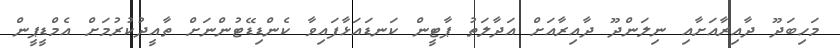
މަހިބަދޫ ދާއިރާއަށާއި ނިލަންދޫ ދާއިރާއަށް އަދާލަތު ޕާޓީން ކަނޑައަޅާފައިވާ ކެންޑިޑޭޓުންނަށް ތާއީދުކުރުމަށް އެމްޑީޕީން